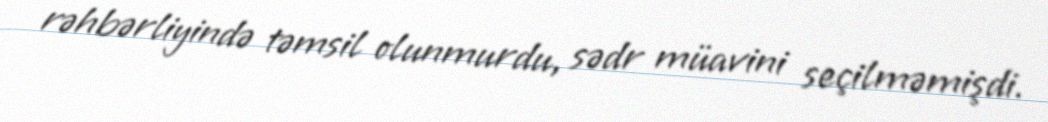
rəhbərliyində təmsil olunmurdu, sədr müavini seçilməmişdi.